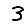
Digit: 3